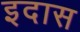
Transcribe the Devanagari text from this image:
इदास